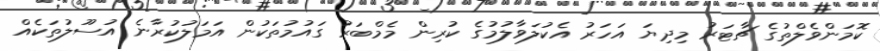
ކޮމަންވެލްތުގެ ޗާޓަރު މިދިޔަ އަހަރު އެކުލަވާލުމުގެ ކުރިން މެމްބަރު ގައުމުތަކުން އަމަލުކުރާނެ އުސޫލުތަކެއް